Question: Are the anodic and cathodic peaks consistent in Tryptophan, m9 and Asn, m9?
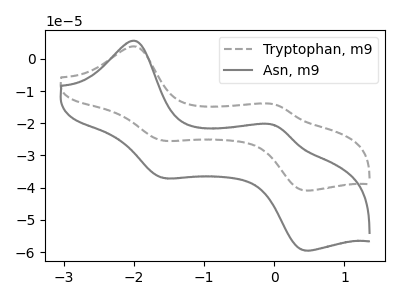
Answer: <think>The gray dashed curve "Tryptophan, m9" has anodic peaks at (-2.00V, 3.80uA) (0.00V, -14.15uA) and cathodic peaks at (-1.60V, -25.40uA) (0.45V, -40.85uA). The gray curve "Asn, m9" has anodic peaks at (-2.00V, 5.55uA) (0.00V, -20.60uA) and cathodic peaks at (-1.60V, -37.00uA) (0.45V, -59.50uA).</think>
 <answer>Yes, "Tryptophan, m9" have a peak in "Asn, m9" at the same potential.</answer>
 <eval>match</eval>